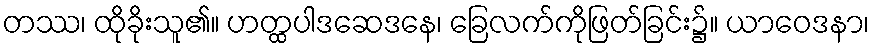
တဿ၊ ထိုခိုးသူ၏။ ဟတ္ထပါဒဆေဒနေ၊ ခြေလက်ကိုဖြတ်ခြင်း၌။ ယာဝေဒနာ၊